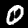
Digit: 0